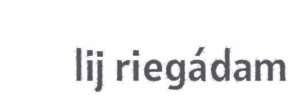
lij riegádam